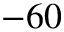
- 6 0